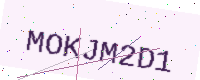
Text: MOKJM2D1